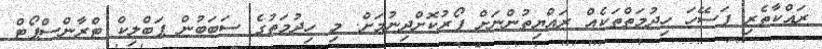
ރައްކާތެރި ފަސޭހަ ހިދުމަތްތަކެއް ރައްޔިތުންނަށް ފޯރުކޮށްދިނުމަށް. މި ހިދުމަތުގެ ސަބަބުން ޕަބްލިކް ޓްރާންސްޕޯޓް